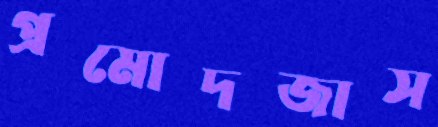
প্রমোদজাস